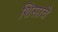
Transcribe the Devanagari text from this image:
शिसाचे